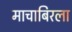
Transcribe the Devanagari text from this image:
माचाबिरला